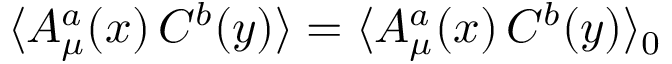
\langle A _ { \mu } ^ { a } ( x ) \, C ^ { b } ( y ) \rangle = \langle A _ { \mu } ^ { a } ( x ) \, C ^ { b } ( y ) \rangle _ { 0 }